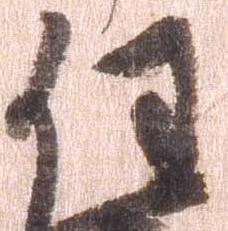
任